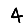
Digit: 4